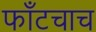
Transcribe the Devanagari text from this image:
फाँटचाच